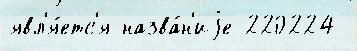
явл'я́етс'я назва́н'иjе 220224